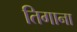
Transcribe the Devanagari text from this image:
तिगाना